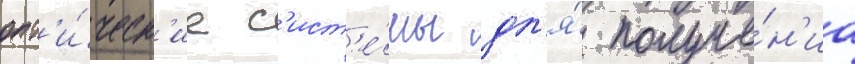
опт'и́ческ'ие с'ист'е́мы дл'я́ получе́н'иа